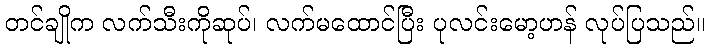
တင်ချိုက လက်သီးကိုဆုပ်၊ လက်မထောင်ပြီး ပုလင်းမော့ဟန် လုပ်ပြသည်။